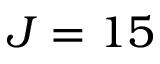
J = 1 5